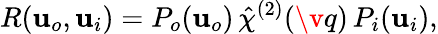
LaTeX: R(\mathbf{u}_{o},\mathbf{u}_{i})=P_{o}(\mathbf{u}_{o})\, \hat{\chi}^{(2)}(\v q)\, P_{i}(\mathbf{u}_{i}),